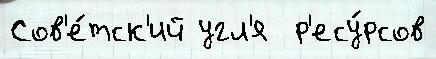
Сов'е́тск'ий угл'я  р'есу́рсов